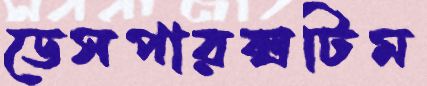
ডেসপারক্সটিম